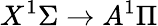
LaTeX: X^{1}\Sigma\rightarrow A^{1}\Pi